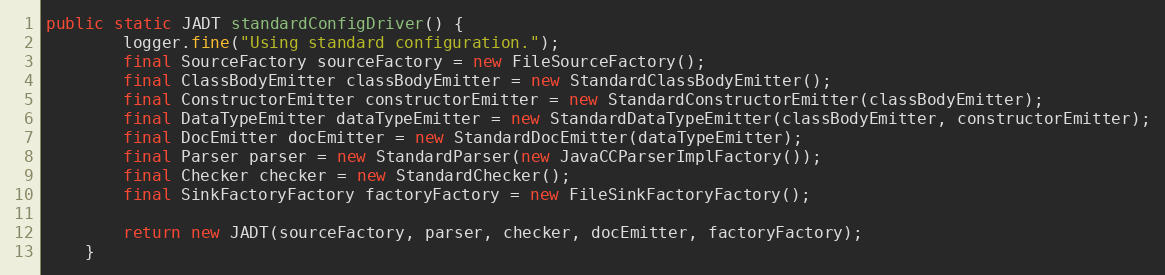
Language: Java
public static JADT standardConfigDriver() {
    	logger.fine("Using standard configuration.");
        final SourceFactory sourceFactory = new FileSourceFactory();
        final ClassBodyEmitter classBodyEmitter = new StandardClassBodyEmitter();
        final ConstructorEmitter constructorEmitter = new StandardConstructorEmitter(classBodyEmitter);
        final DataTypeEmitter dataTypeEmitter = new StandardDataTypeEmitter(classBodyEmitter, constructorEmitter);
        final DocEmitter docEmitter = new StandardDocEmitter(dataTypeEmitter);
        final Parser parser = new StandardParser(new JavaCCParserImplFactory());
        final Checker checker = new StandardChecker();
        final SinkFactoryFactory factoryFactory = new FileSinkFactoryFactory();

        return new JADT(sourceFactory, parser, checker, docEmitter, factoryFactory);
    }